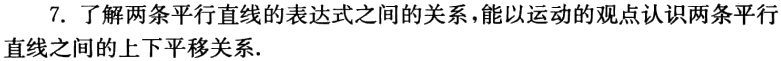
7. 了解两条平行直线的表达式之间的关系，能以运动的观点认识两条平行直线之间的上下平移关系.